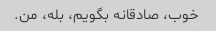
خوب، صادقانه بگویم، بله، من.